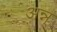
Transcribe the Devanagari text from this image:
अन्न्